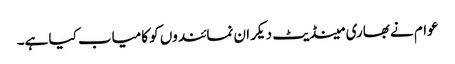
عوام نے بھاری مینڈیٹ دیکر ان نمائندوں کو کامیاب کیا ہے۔